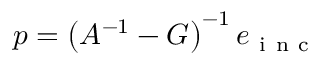
p = \left( A ^ { - 1 } - G \right) ^ { - 1 } e _ { \mathrm { ~ i ~ n ~ c ~ } }